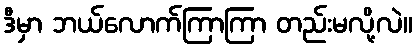
ဒီမှာ ဘယ်လောက်ကြာကြာ တည်းမလို့လဲ။